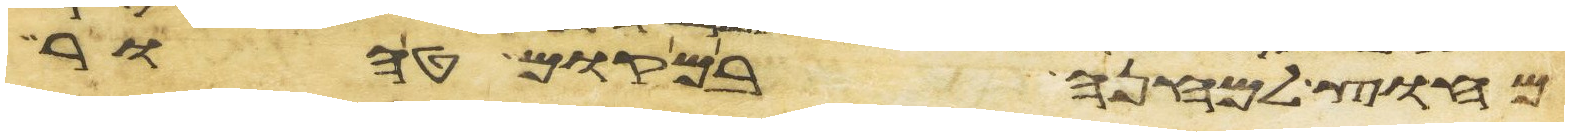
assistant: מחוץ למחנה במקום טהור